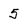
Character: 5